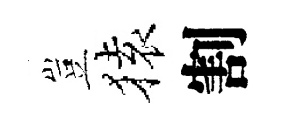
豈𫞤割